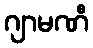
ဂျာမဏီ